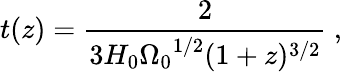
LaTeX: t(z)={\frac{2}{3H_{0}{\Omega_{0}}^{1/2}(1+z)^{3/2}}}\ ,